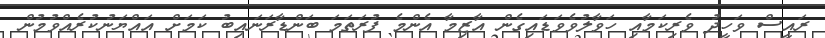
ރައީސް ވަހީދު ވެރިކަމާއި ހަވާލުވެވަޑައިގެން އާޒިމާ އެންމެ ފުރަތަމަ ބަންޑާރަނައިބު ކަމަށް އައްޔަނުކުރެއްވުމުން